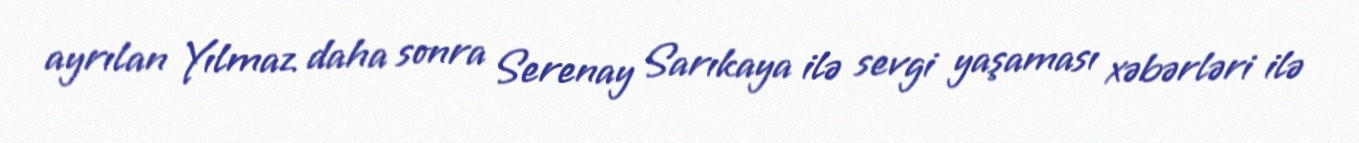
ayrılan Yılmaz daha sonra Serenay Sarıkaya ilə sevgi yaşaması xəbərləri ilə